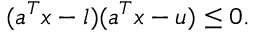
( a ^ { T } x - l ) ( a ^ { T } x - u ) \leq 0 .